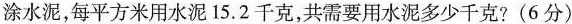
涂水泥，每平方米用水泥15.2千克，共需要用水泥多少千克?(6分)